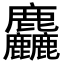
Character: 麤